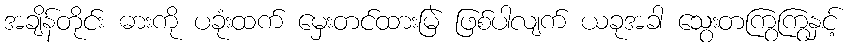
အချိန်တိုင်း ဓားကို ပခုံးထက် မှေးတင်ထားမြဲ ဖြစ်ပါလျက် ယခုအခါ သွေးတကြွကြွနှင့်